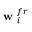
\textbf { w } _ { i } ^ { f r }